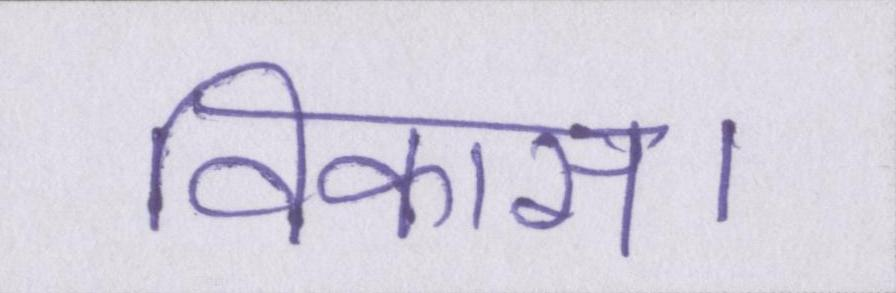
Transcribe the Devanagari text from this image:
विकास।